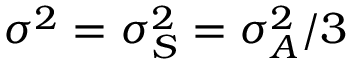
\sigma ^ { 2 } = \sigma _ { S } ^ { 2 } = \sigma _ { A } ^ { 2 } / 3